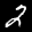
Label: 2